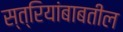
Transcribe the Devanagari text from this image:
स्त्रियांबाबतील